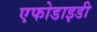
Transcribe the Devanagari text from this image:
एफोडाइडी